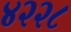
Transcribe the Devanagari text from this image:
४२२८